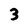
Character: 3